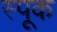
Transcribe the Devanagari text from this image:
स्पूक